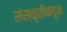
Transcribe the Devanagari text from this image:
संस्कृतींकडून